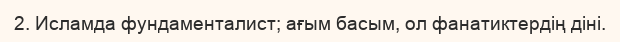
2. Исламда фундаменталист; ағым басым, ол фанатиктердің діні.